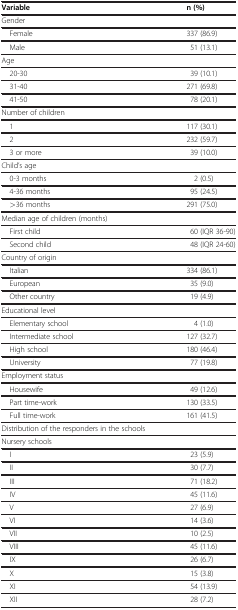
<table><thead><tr><td><b>Variable</b></td><td><b>n (%)</b></td></tr></thead><tbody><tr><td>Gender</td><td> </td></tr><tr><td> Female</td><td>337 (86.9)</td></tr><tr><td> Male</td><td>51 (13.1)</td></tr><tr><td>Age</td><td> </td></tr><tr><td> 20-30</td><td>39 (10.1)</td></tr><tr><td> 31-40</td><td>271 (69.8)</td></tr><tr><td> 41-50</td><td>78 (20.1)</td></tr><tr><td>Number of children</td><td> </td></tr><tr><td> 1</td><td>117 (30.1)</td></tr><tr><td> 2</td><td>232 (59.7)</td></tr><tr><td> 3 or more</td><td>39 (10.0)</td></tr><tr><td>Child’s age</td><td> </td></tr><tr><td> 0-3 months</td><td>2 (0.5)</td></tr><tr><td> 4-36 months</td><td>95 (24.5)</td></tr><tr><td> &gt;36 months</td><td>291 (75.0)</td></tr><tr><td>Median age of children (months)</td><td> </td></tr><tr><td> First child</td><td>60 (IQR 36-90)</td></tr><tr><td> Second child</td><td>48 (IQR 24-60)</td></tr><tr><td>Country of origin</td><td> </td></tr><tr><td> Italian</td><td>334 (86.1)</td></tr><tr><td> European</td><td>35 (9.0)</td></tr><tr><td> Other country</td><td>19 (4.9)</td></tr><tr><td>Educational level</td><td> </td></tr><tr><td> Elementary school</td><td>4 (1.0)</td></tr><tr><td> Intermediate school</td><td>127 (32.7)</td></tr><tr><td> High school</td><td>180 (46.4)</td></tr><tr><td> University</td><td>77 (19.8)</td></tr><tr><td>Employment status</td><td> </td></tr><tr><td> Housewife</td><td>49 (12.6)</td></tr><tr><td> Part time-work</td><td>130 (33.5)</td></tr><tr><td> Full time-work</td><td>161 (41.5)</td></tr><tr><td>Distribution of the responders in the schools</td><td> </td></tr><tr><td>Nursery schools</td><td> </td></tr><tr><td> I</td><td>23 (5.9)</td></tr><tr><td> II</td><td>30 (7.7)</td></tr><tr><td> III</td><td>71 (18.2)</td></tr><tr><td> IV</td><td>45 (11.6)</td></tr><tr><td> V</td><td>27 (6.9)</td></tr><tr><td> VI</td><td>14 (3.6)</td></tr><tr><td> VII</td><td>10 (2.5)</td></tr><tr><td> VIII</td><td>45 (11.6)</td></tr><tr><td> IX</td><td>26 (6.7)</td></tr><tr><td> X</td><td>15 (3.8)</td></tr><tr><td> XI</td><td>54 (13.9)</td></tr><tr><td> XII</td><td>28 (7.2)</td></tr></tbody></table>